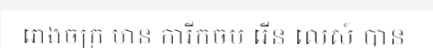
រោងចក្រ មាន ការីកចម រើន លេស៍ បាន